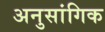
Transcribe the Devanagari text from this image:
अनुसांगिक